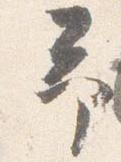
予